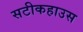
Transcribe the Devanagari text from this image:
सटीकहाउस